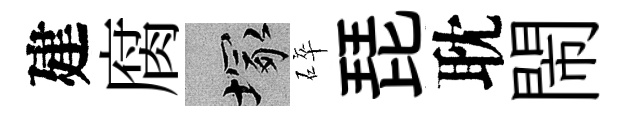
建腐塚碎琵耽閙